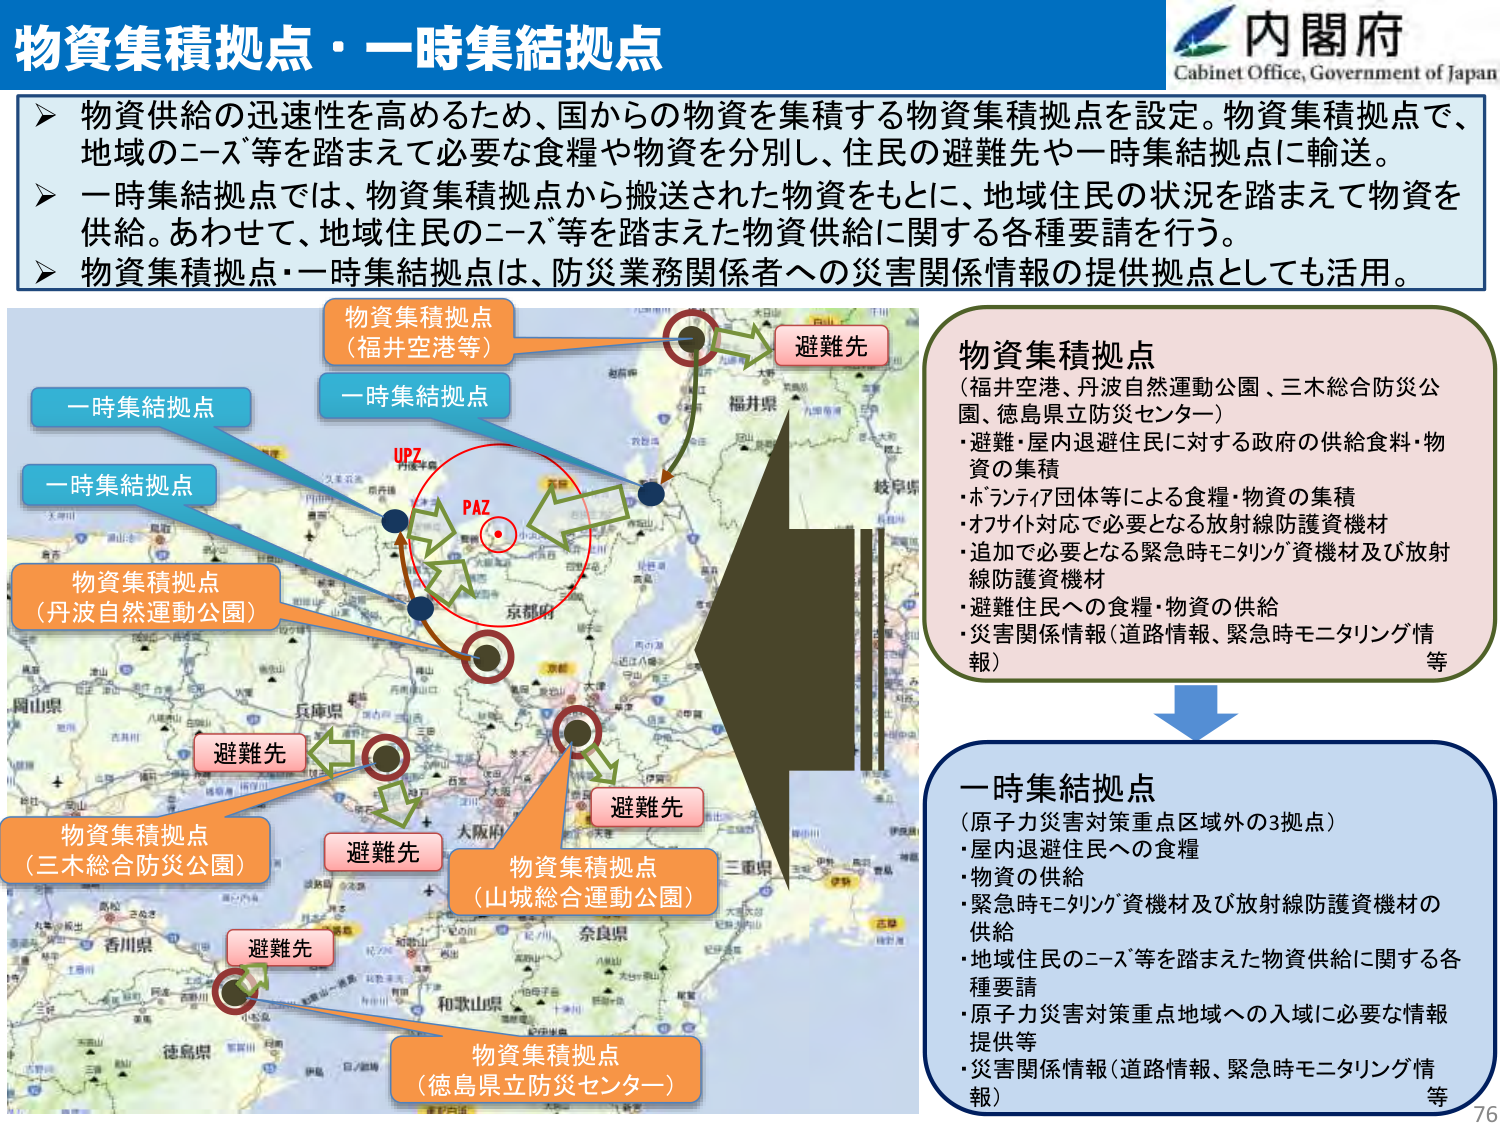
物資集積拠点・一時集結拠点

物資供給の迅速性を高めるため、国からの物資を集積する物資集積拠点を設定。物資集積拠点で、地域のニーズ等を踏まえて必要な食糧や物資を分別し、住民の避難先や一時集結拠点に輸送。
一時集結拠点では、物資集積拠点から搬送された物資をもとに、地域住民の状況を踏まえて物資を供給。あわせて、地域住民のニーズ等を踏まえた物資供給に関する各種要請を行う。
物資集積拠点・一時集結拠点は、防災業務関係者への災害関係情報の提供拠点としても活用。

内閣府
Cabinet Office, Government of Japan

物資集積拠点
（福井空港、丹波自然運動公園、三木総合防災公園、徳島県立防災センター）
・避難・屋内退避住民に対する政府の供給食料・物資の集積
・ボランティア団体等による食糧・物資の集積
・オフサイト対応で必要となる放射線防護資機材
・追加で必要となる緊急時モニタリング資機材及び放射線防護資機材
・避難住民への食糧・物資の供給
・災害関係情報（道路情報、緊急時モニタリング情報）等

一時集結拠点
（原子力災害対策重点区域外の3拠点）
・屋内退避住民への食糧
・物資の供給
・緊急時モニタリング資機材及び放射線防護資機材の供給
・地域住民のニーズ等を踏まえた物資供給に関する各種要請
・原子力災害対策重点地域への入域に必要な情報提供等
・災害関係情報（道路情報、緊急時モニタリング情報）等

物資集積拠点
（福井空港等）

一時集結拠点

一時集結拠点

物資集積拠点
（丹波自然運動公園）

避難先

避難先

避難先

避難先

物資集積拠点
（三木総合防災公園）

物資集積拠点
（山城総合運動公園）

物資集積拠点
（徳島県立防災センター）

UPZ
PAZ

76